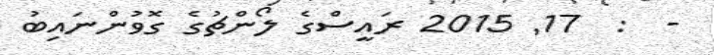
-  :  17